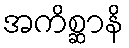
အကိစ္ဆာနိ